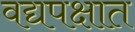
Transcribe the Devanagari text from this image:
वद्यपक्षात